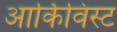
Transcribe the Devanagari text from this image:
आर्किविस्ट